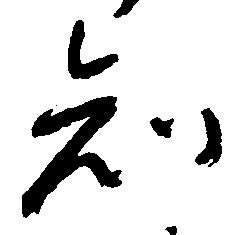
知